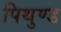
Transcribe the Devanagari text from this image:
पिथुण्ड